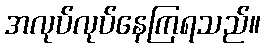
အလုပ်လုပ်နေကြရသည်။